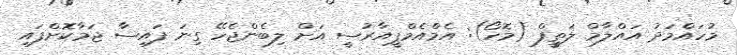
މުހައްމަދު އައްލާމް ލަތީފް (މޮހޯ): އެމްއެމްޕީއާރުސީ އަށް ލިބެންޖެހޭ ގިނަ ފައިސާ ޖަމާކޮށްފައި